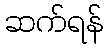
ဆက်ရန်